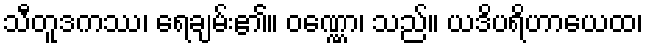
သီတူဒကဿ၊ ရေချမ်း၏။ ဝဏ္ဏော၊ သည်။ ယဒိပရိဟာယေထ၊